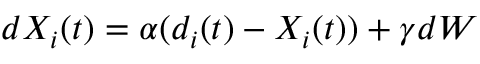
d X _ { i } ( t ) = \alpha ( d _ { i } ( t ) - X _ { i } ( t ) ) + \gamma d W